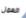
العمل